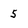
Character: 5